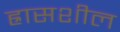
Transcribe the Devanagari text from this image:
ह्रासशील